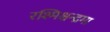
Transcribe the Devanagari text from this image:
रश्मिश्चन्द्रमा